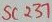
Text: SC237